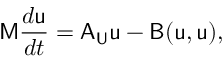
\mathsf { M } \frac { d \mathsf { u } } { d t } = \mathsf { A } _ { \mathsf { U } } \mathsf { u } - \mathsf { B } ( \mathsf { u } , \mathsf { u } ) ,